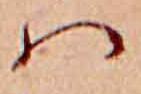
ハ